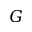
G